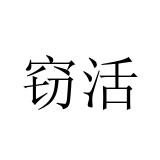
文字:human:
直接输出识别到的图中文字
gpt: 窃活